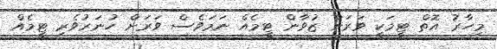
މިހާރު އޮތް ޓީމަކީ ވަރަށް ޒުވާން ޓީމެއް ނަމަވެސް ވަރަށް ހުނަރުވެރި ޓީމެއް